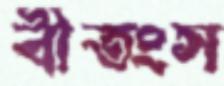
বীতংস